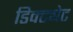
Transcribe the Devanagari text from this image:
डिक्ट्येट